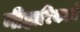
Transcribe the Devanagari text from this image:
नीहारिकायें